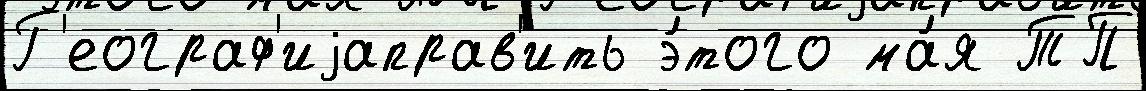
Г'еограф'иjаправ'ить э́того ма́я ТП